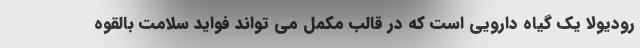
رودیولا یک گیاه دارویی است که در قالب مکمل می تواند فواید سلامت بالقوه